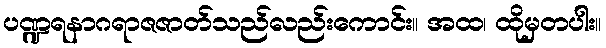
ပဏ္ဍရနာဂရာဇဇာတ်သည်လည်းကောင်း။ အထ၊ ထိုမှတပါး။